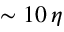
\sim 1 0 \, \eta